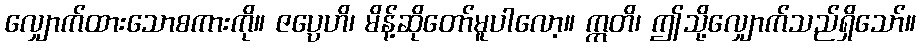
လျှောက်ထားသောစကားကို။ ဇပ္ပေဟိ၊ မိန့်ဆိုတော်မူပါလော့။ ဣတိ၊ ဤသို့လျှောက်သည်ရှိသော်။